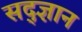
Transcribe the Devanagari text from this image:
सद्ज्ञान